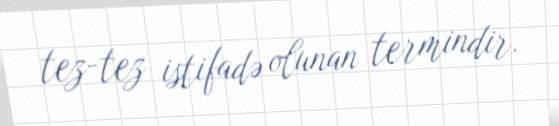
tez-tez istifadə olunan termindir.